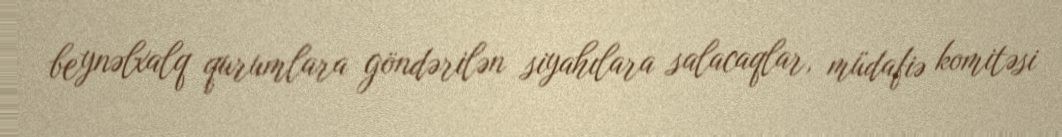
beynəlxalq qurumlara göndərilən siyahılara salacaqlar, müdafiə komitəsi